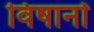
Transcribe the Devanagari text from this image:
विषानों